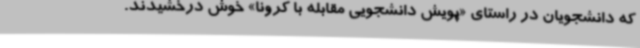
که دانشجویان در راستای «پویش دانشجویی مقابله با کرونا» خوش درخشیدند.